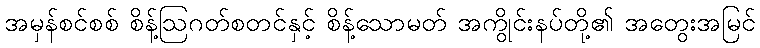
အမှန်စင်စစ် စိန့်ဩဂတ်စတင်နှင့် စိန့်သောမတ် အကွိုင်းနပ်တို့၏ အတွေးအမြင်